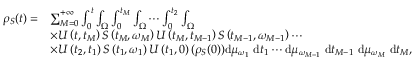
\begin{array} { r l } { { \rho } _ { S } ( t ) = } & { \sum _ { M = 0 } ^ { + \infty } \int _ { 0 } ^ { t } \int _ { \Omega } \int _ { 0 } ^ { t _ { M } } \int _ { \Omega } \cdots \int _ { 0 } ^ { t _ { 2 } } \int _ { \Omega } } \\ & { \times U \left( t , t _ { M } \right) S \left( t _ { M } , \omega _ { M } \right) U \left( t _ { M } , t _ { M - 1 } \right) S \left( t _ { M - 1 } , \omega _ { M - 1 } \right) \cdots } \\ & { \times U \left( t _ { 2 } , t _ { 1 } \right) S \left( t _ { 1 } , \omega _ { 1 } \right) U \left( t _ { 1 } , 0 \right) ( { \rho } _ { S } ( 0 ) ) \mathrm { d } \mu _ { \omega _ { 1 } } \mathrm { ~ d } t _ { 1 } \cdots \mathrm { d } \mu _ { \omega _ { M - 1 } } \mathrm { ~ d } t _ { M - 1 } \mathrm { ~ d } \mu _ { \omega _ { M } } \mathrm { ~ d } t _ { M } , } \end{array}